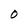
Character: r